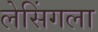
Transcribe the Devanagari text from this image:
लेसिंगला